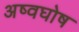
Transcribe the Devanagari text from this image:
अष्वघोष